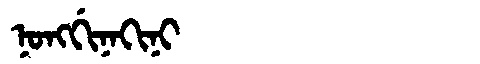
Manchu: ᠨᠣᠩᡤᡳᠨᠠᡴᡳᠨᡳ
Romanization: NONGGINAKINI